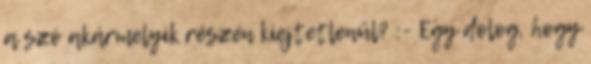
a szó akármelyik részén kiejtetlenül? :- Egy dolog, hogy